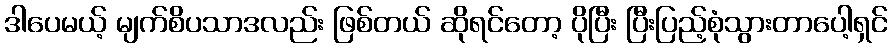
ဒါပေမယ့် မျက်စိပသာဒလည်း ဖြစ်တယ် ဆိုရင်တော့ ပိုပြီး ပြီးပြည့်စုံသွားတာပေါ့ရှင်